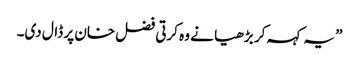
” یہ کہہ کر بڑھیا نے وہ کرتی فضل خان پر ڈال دی۔